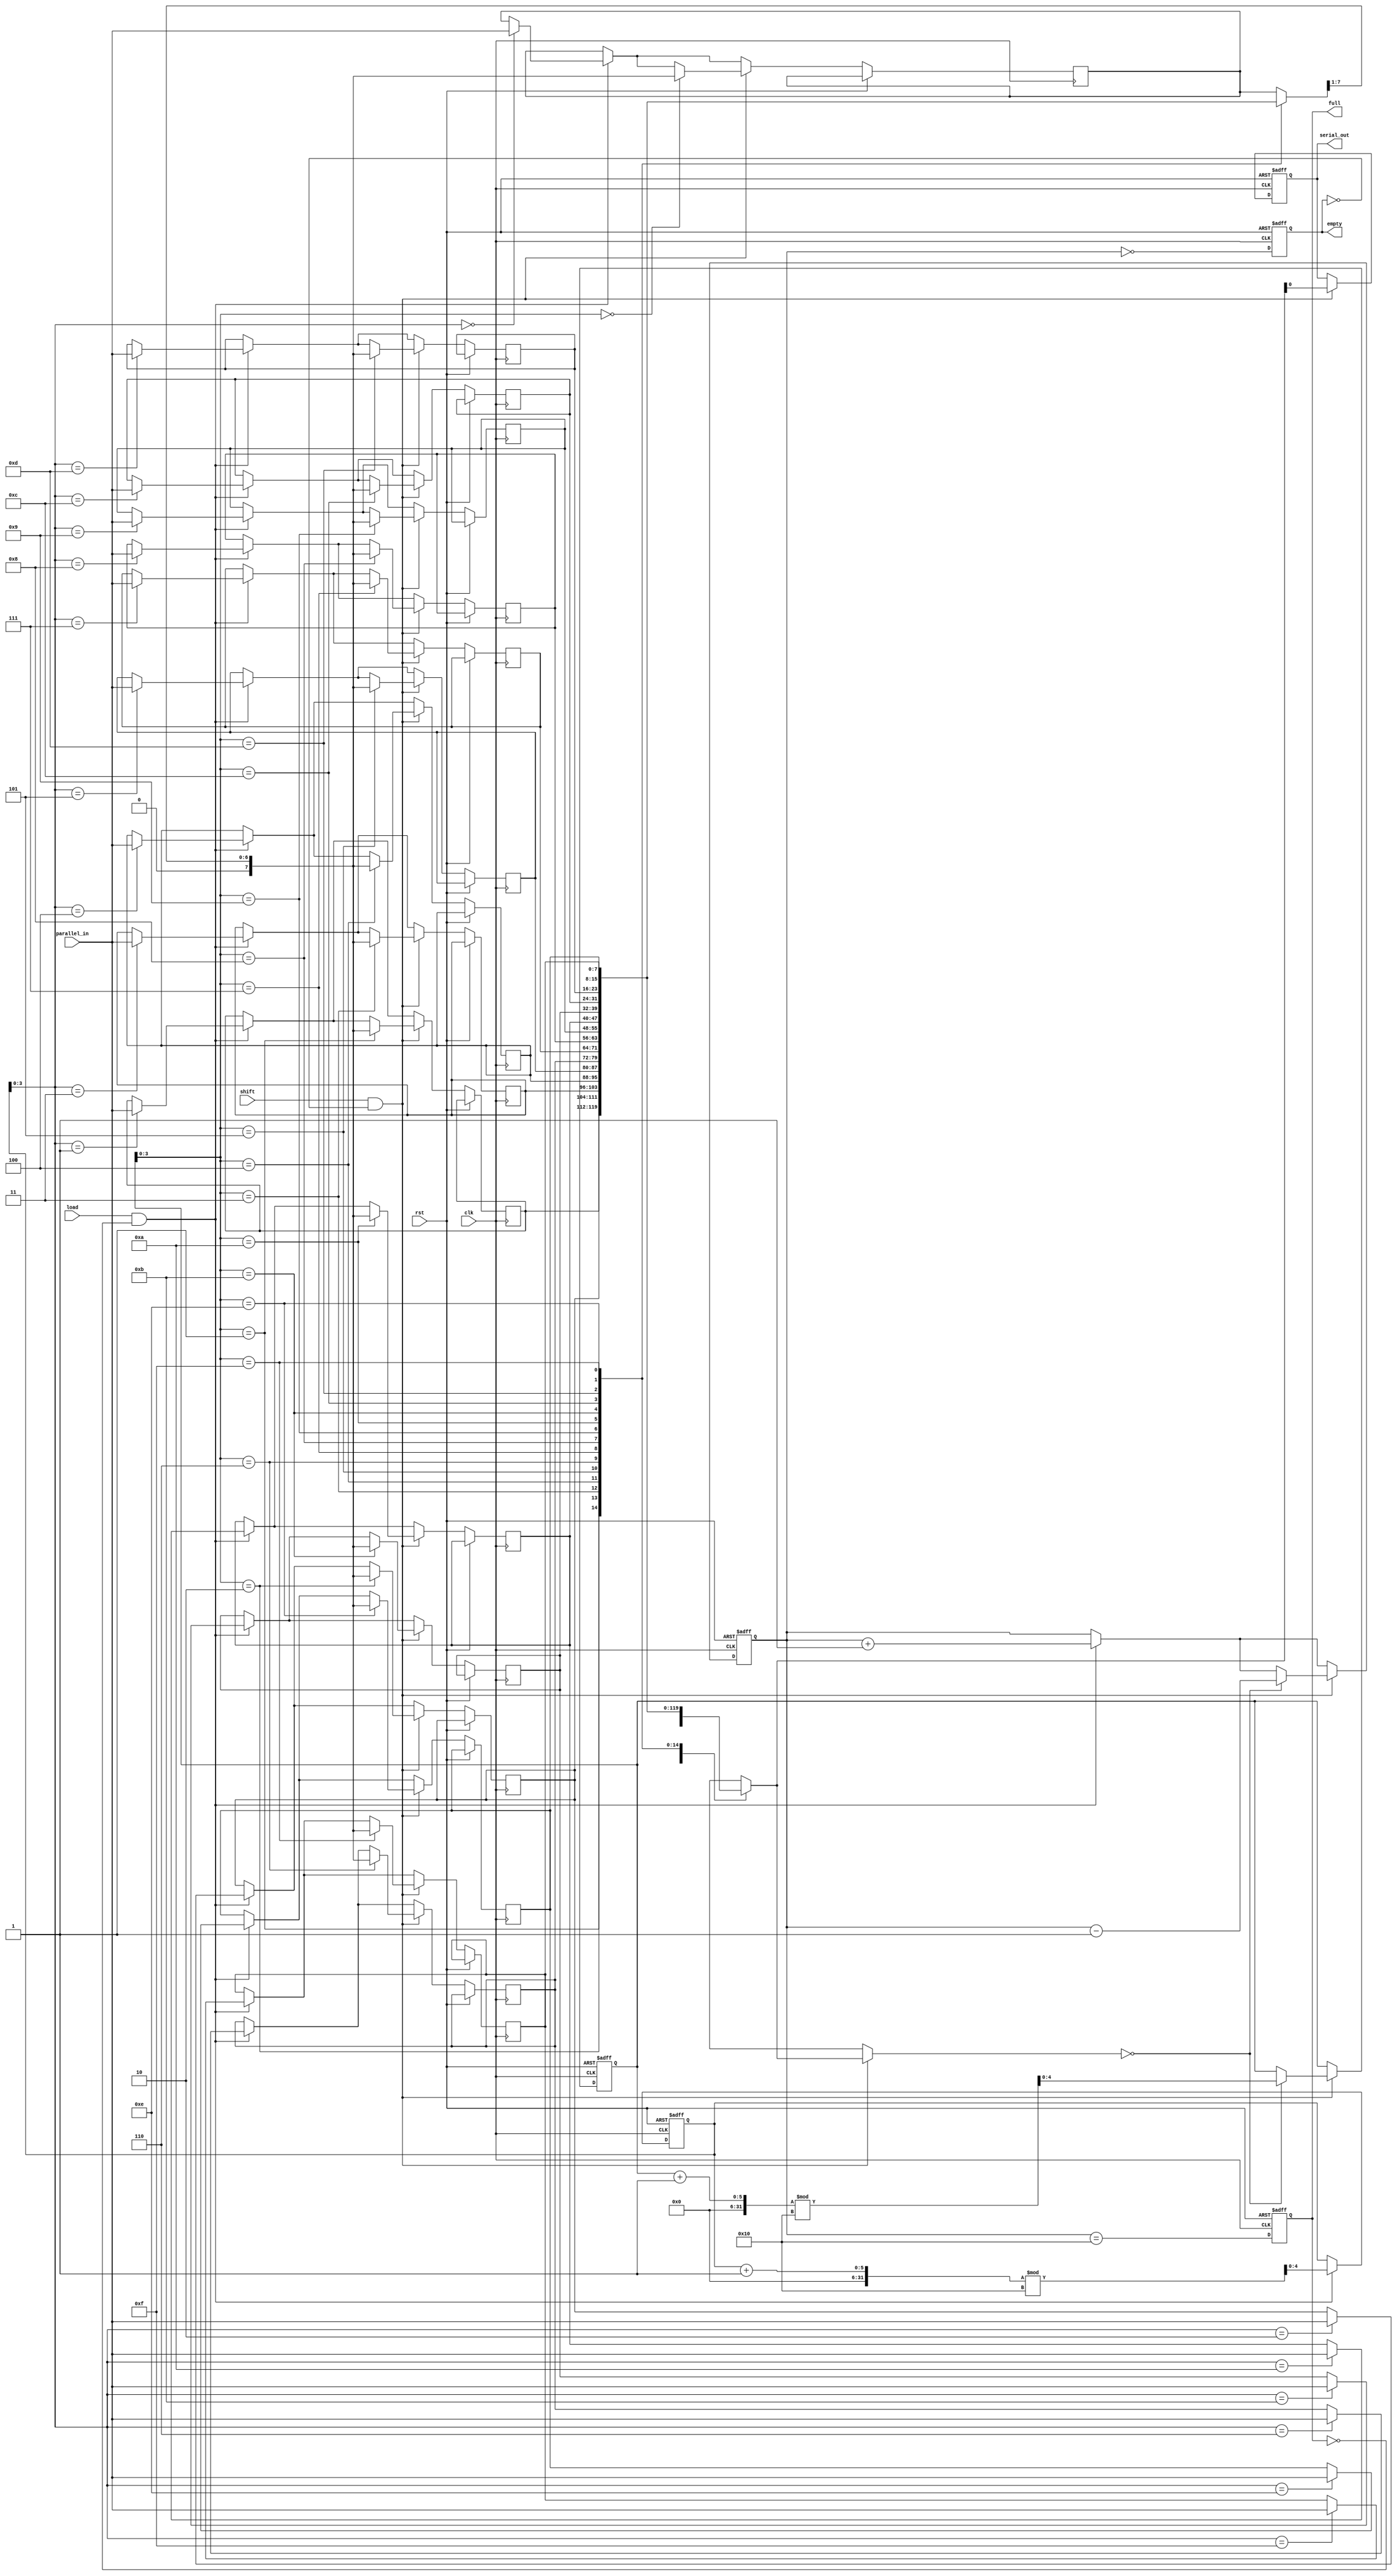
module fifo_piso #(
    parameter DATA_WIDTH = 8, // Width of the data input
    parameter FIFO_DEPTH = 16  // Depth of the FIFO
)(
    input wire clk,              // Clock signal
    input wire rst,              // Reset signal
    input wire load,             // Load signal to load data
    input wire shift,            // Shift signal to shift data out
    input wire [DATA_WIDTH-1:0] parallel_in, // Parallel data input
    output reg serial_out,       // Serial data output
    output reg full,             // Full flag
    output reg empty             // Empty flag
);

    reg [DATA_WIDTH-1:0] fifo [0:FIFO_DEPTH-1]; // FIFO storage
    reg [4:0] write_ptr;        // Write pointer
    reg [4:0] read_ptr;         // Read pointer
    reg [4:0] count;            // Number of elements in FIFO

    // Initialize the FIFO
    always @(posedge clk or posedge rst) begin
        if (rst) begin
            write_ptr <= 0;
            read_ptr <= 0;
            count <= 0;
            full <= 0;
            empty <= 1;
            serial_out <= 0;
        end else begin
            // Load data into FIFO
            if (load && !full) begin
                fifo[write_ptr] <= parallel_in;
                write_ptr <= (write_ptr + 1) % FIFO_DEPTH;
                count <= count + 1;
            end

            // Shift data out serially
            if (shift && !empty) begin
                serial_out <= fifo[read_ptr][0]; // Output the least significant bit
                fifo[read_ptr] <= {1'b0, fifo[read_ptr][DATA_WIDTH-1:1]}; // Shift left
                if (fifo[read_ptr] == 0) begin
                    read_ptr <= (read_ptr + 1) % FIFO_DEPTH;
                    count <= count - 1;
                end
            end
            
            // Update full and empty flags
            full <= (count == FIFO_DEPTH);
            empty <= (count == 0);
        end
    end

endmodule